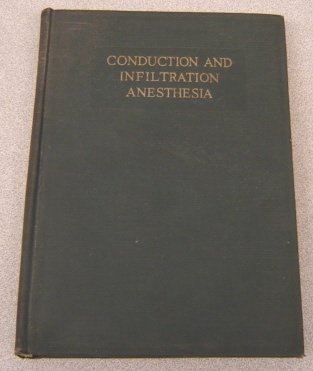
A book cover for Conduction and infiltration anesthesia,; Mendel Nevin; Medical Books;